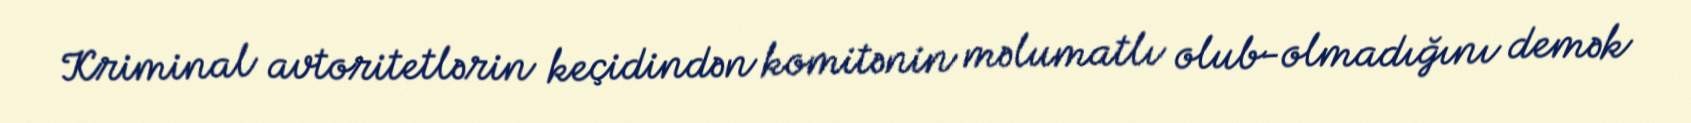
Kriminal avtoritetlərin keçidindən komitənin məlumatlı olub-olmadığını demək